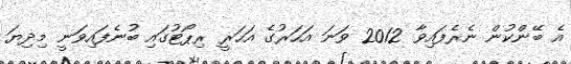
އެ ބޭންކުން ނެރެފައިވާ 2012 ވަނަ އަހަރުގެ އަހަރީ ރިޕޯޓުގައި ބުނެފައިވަނީ މިދިޔަ